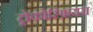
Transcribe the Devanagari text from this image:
ट्रोकोस्फ़ियरा